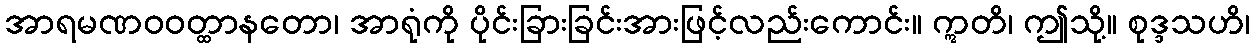
အာရမဏဝဝတ္ထာနတော၊ အာရုံကို ပိုင်းခြားခြင်းအားဖြင့်လည်းကောင်း။ ဣတိ၊ ဤသို့။ စုဒ္ဒသဟိ၊